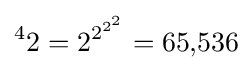
^{4}2=2^{2^{2^{2}}}=65{,}536